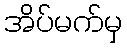
အိပ်မက်မှ